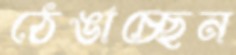
ঠেঙাচ্ছেন